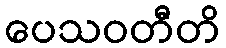
ပေသဝတီတိ